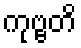
ကုဗ္ဗတိ